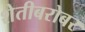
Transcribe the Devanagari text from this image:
शेतीबरोबर